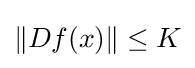
\|Df(x)\|\leq K